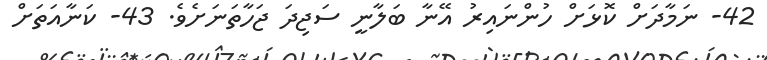
42- ނަމާދަށް ކޮޅަށް ހުންނައިރު އޭނާ ބަލާނީ ސަޖިދަ ޖަހާތަނަށެވެ. 43- ކަނާއަތަށް